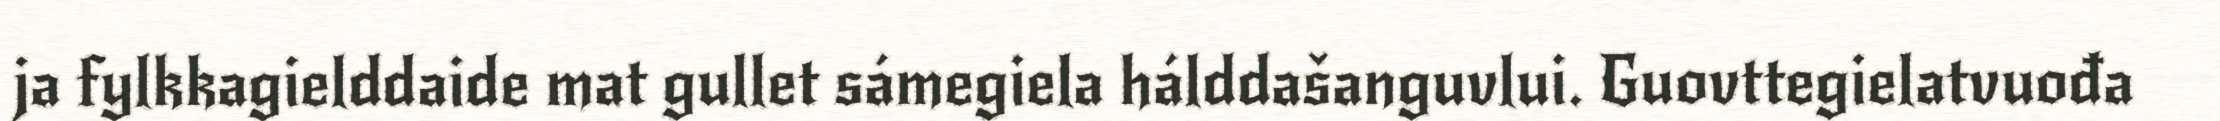
ja fylkkagielddaide mat gullet sámegiela hálddašanguvlui. Guovttegielatvuođa